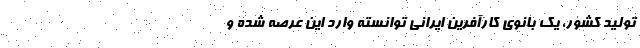
تولید کشور، یک بانوی کارآفرین ایرانی توانسته وارد این عرصه شده و